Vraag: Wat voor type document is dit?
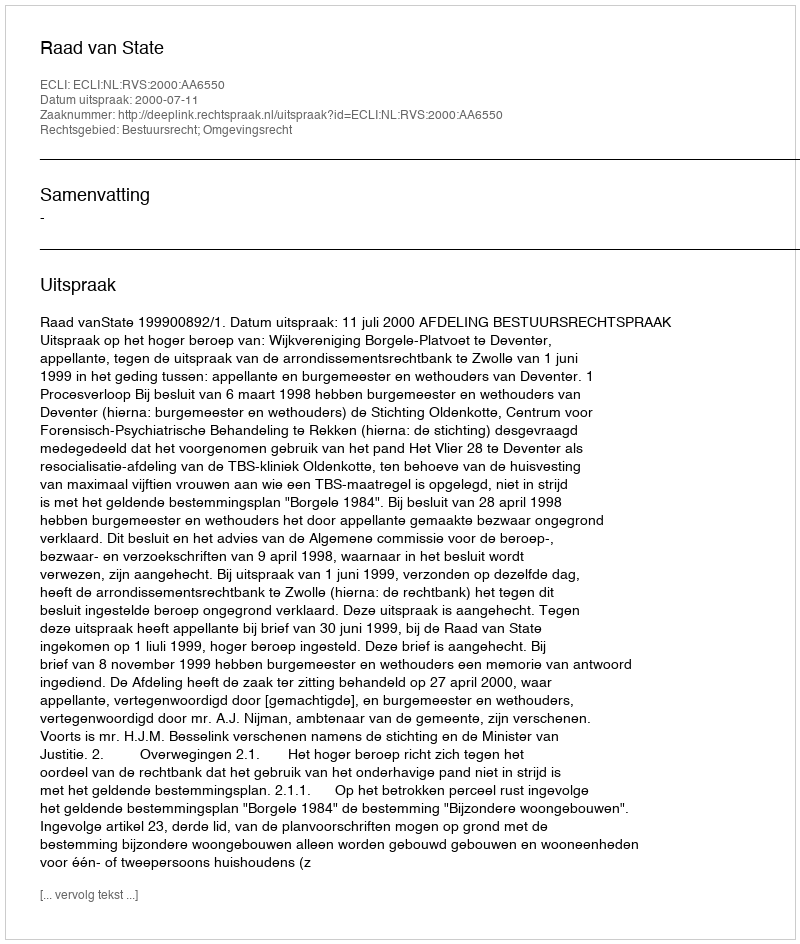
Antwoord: Uitspraak